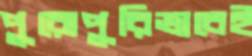
পুরোপুরিভাবেই